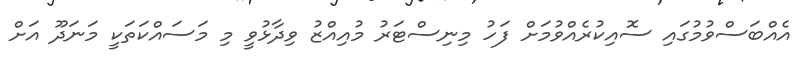
އެއްބަސްވުމުގައި ސޮއިކުރެއްވުމަށް ފަހު މިނިސްޓަރު މުއިއްޒު ވިދާޅުވީ މި މަސައްކަތަކީ މަނަދޫ އަށް